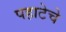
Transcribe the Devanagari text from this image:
पहाटेचे